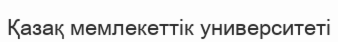
Қазақ мемлекеттік университеті